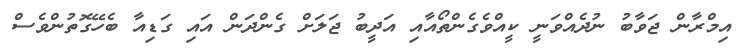
އިމްރާން ޖަވާބު ނުދެއްވަނީ ކީއްވެގެންތޯއާއި އަދީބު ޖަލަށް ގެންދަން އައި ގަޑިއާ ބެހޭގޮތުންވެސް